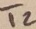
Text: T2